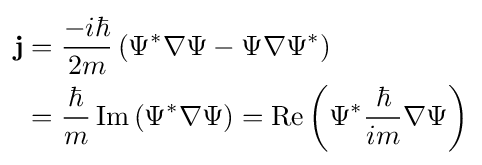
{\begin{aligned}\mathbf {j} &={\frac {-i\hbar }{2m}}\left(\Psi ^{*}\nabla \Psi -\Psi \nabla \Psi ^{*}\right)\\&={\frac {\hbar }{m}}\operatorname {Im} \left(\Psi ^{*}\nabla \Psi \right)=\operatorname {Re} \left(\Psi ^{*}{\frac {\hbar }{im}}\nabla \Psi \right)\end{aligned}}